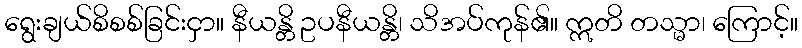
ရွေးချယ်စိစစ်ခြင်းငှာ။ နီယန္တိ ဥပနီယန္တိ၊ သိအပ်ကုန်၏။ ဣတိ တသ္မာ၊ ကြောင့်။